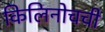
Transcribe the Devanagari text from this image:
किलिनोचची